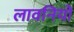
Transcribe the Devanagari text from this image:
लावनियों